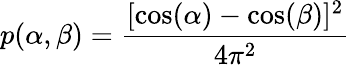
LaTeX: p(\alpha,\beta)=\frac{[\cos(\alpha)-\cos(\beta)]^{2}}{4\pi^{2}}